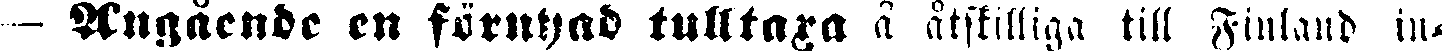
— Angående en förnyad tulltaxa å åtskilliga till Finland in-